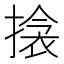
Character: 搇